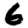
Digit: 6